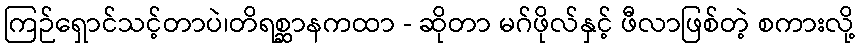
ကြဉ်ရှောင်သင့်တာပဲ၊တိရစ္ဆာနကထာ - ဆိုတာ မဂ်ဖိုလ်နှင့် ဖီလာဖြစ်တဲ့ စကားလို့